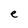
Character: e